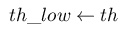
t h \_ l o w \leftarrow t h